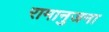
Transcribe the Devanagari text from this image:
रामानुजना